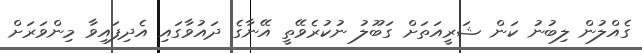
ގެއްލުން ލިބުނު ކަން ޝަރީއަތަށް ގަބޫލު ނުކުރެވޭތީ އޭނާގެ ދައުވާގައި އެދިފައިވާ މިންވަރަށް